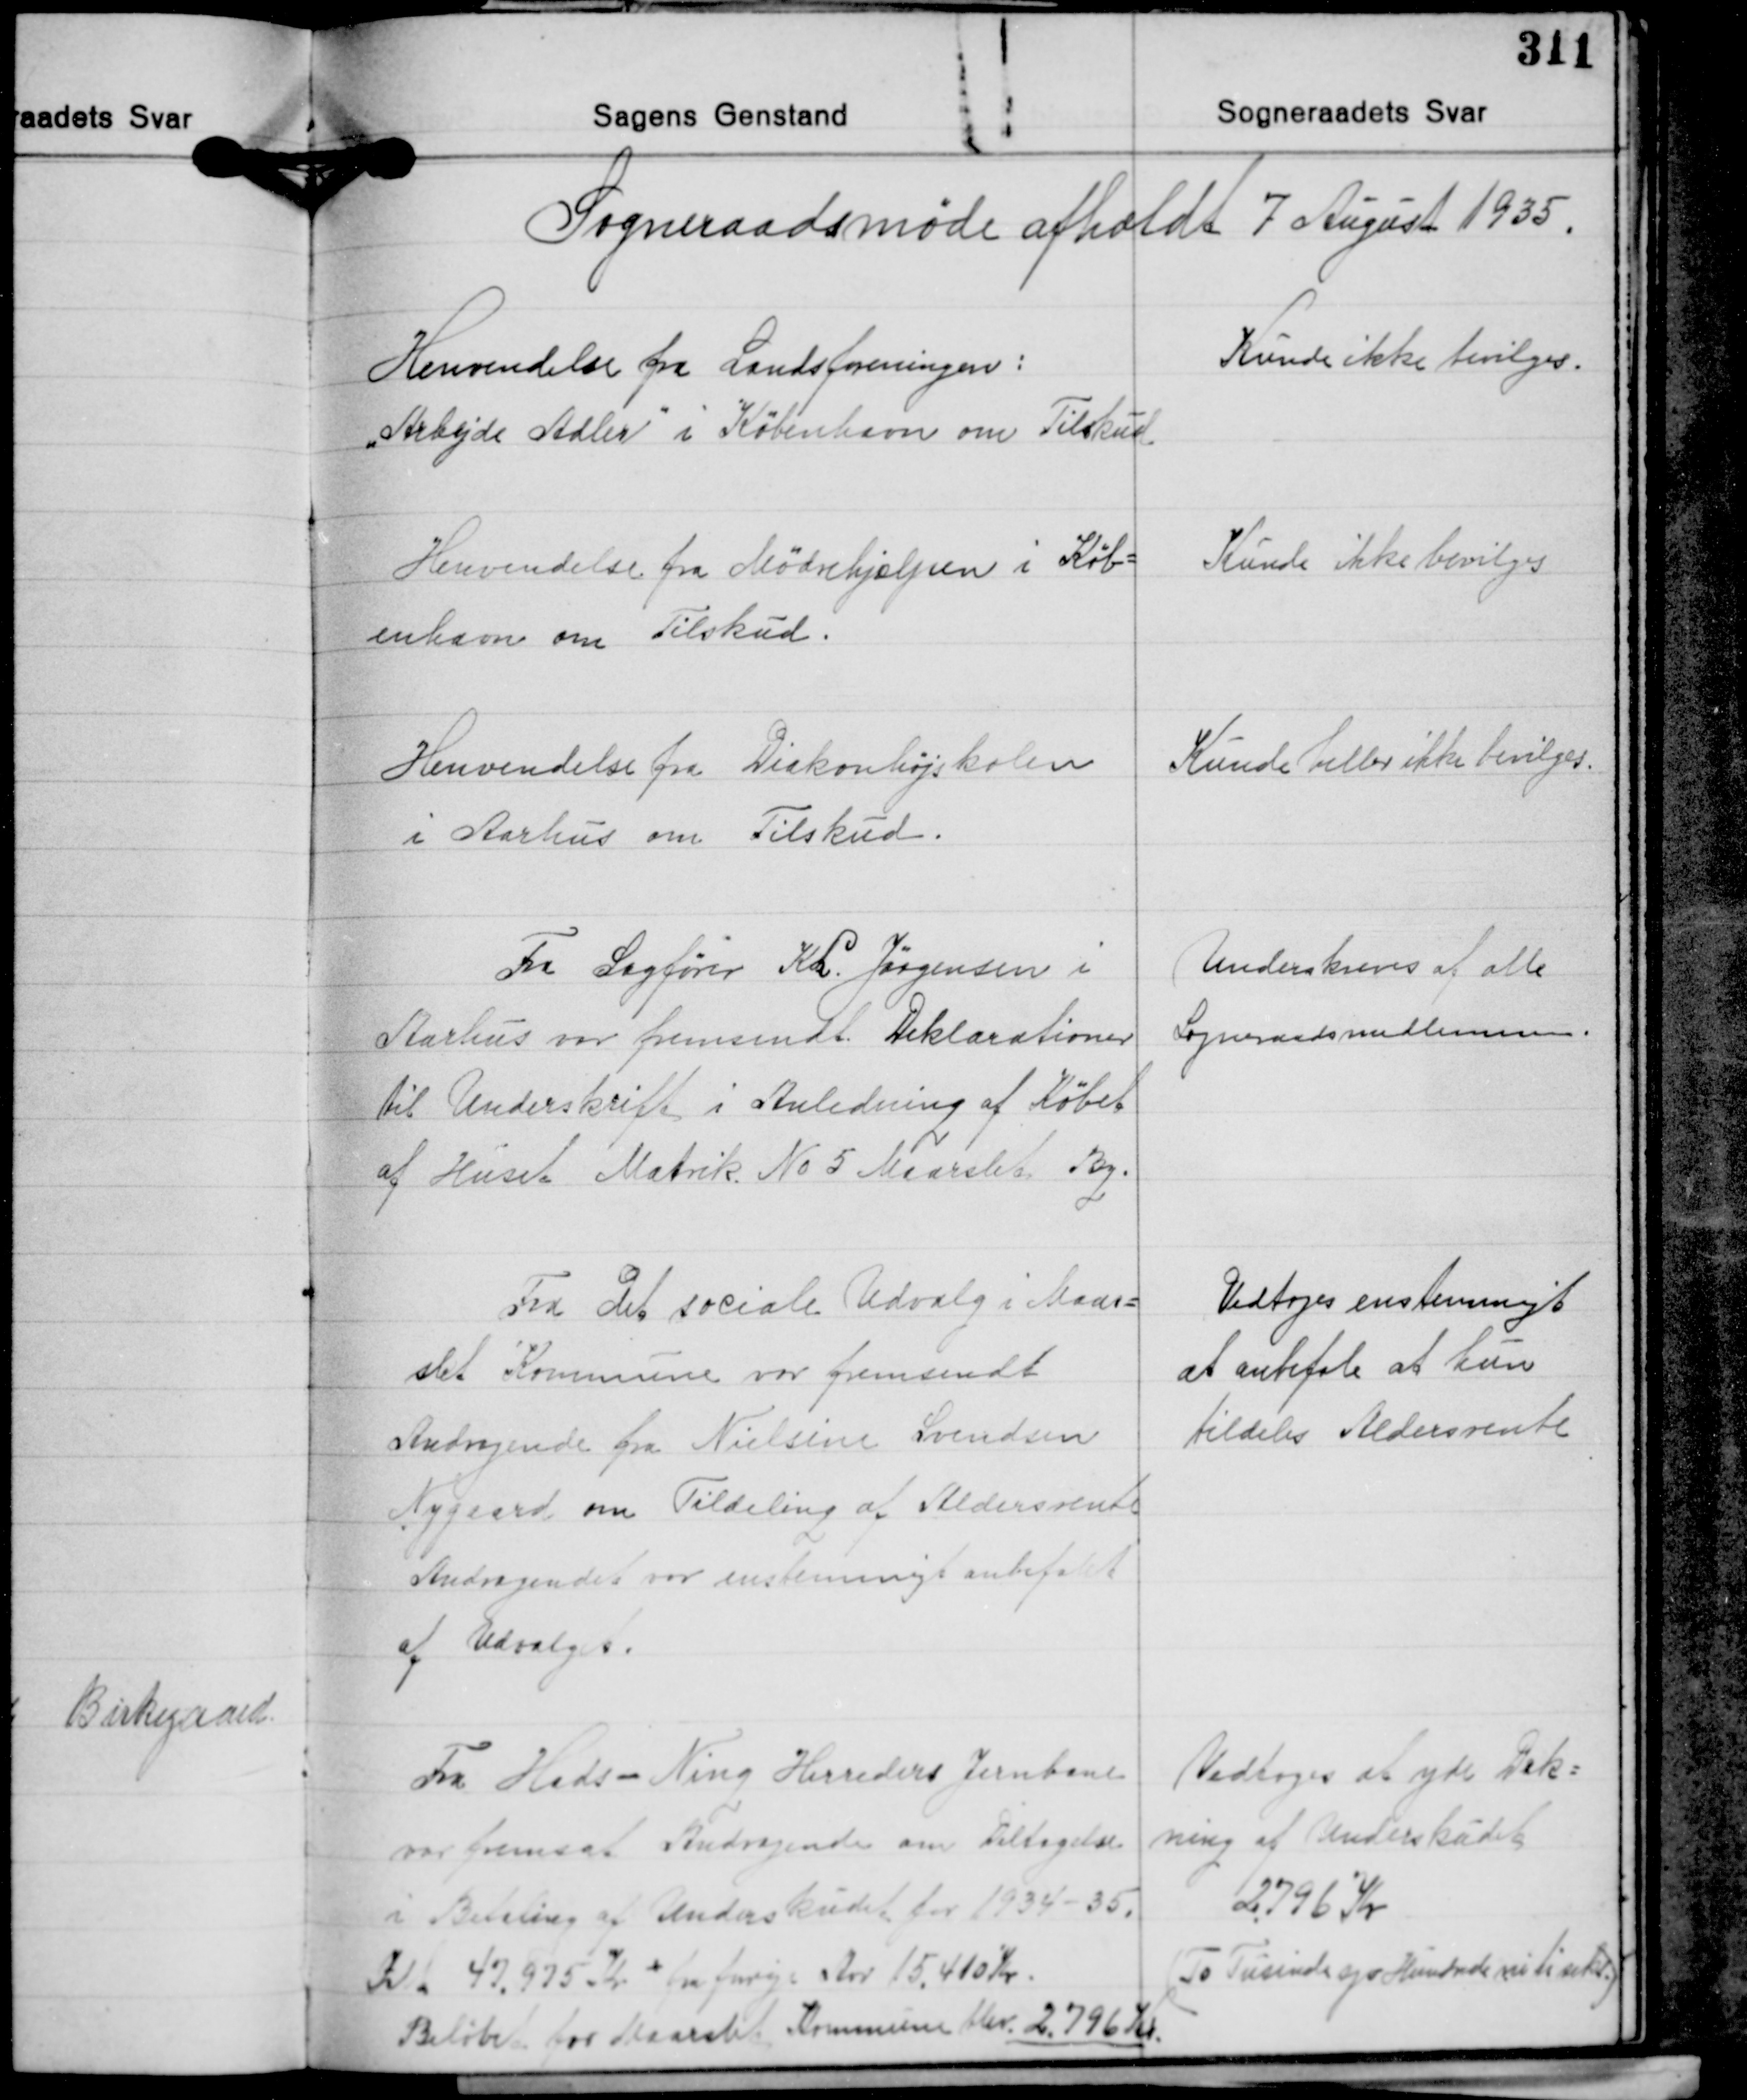
Transskription:
Sogneraadsmøde afholdt 7 August 1935.

Henvendelse fra Landsforeningen:
"Arbejde Adler" i København om Tilskud

Kunde ikke bevilges.

Henvendelse fra Mødehjælpen i Køb-
enhavn om Tilskud.

Kunde ikke bevilges

Henvendelse fra Diakonhøjskolen
i Aarhus om Tilskud.

Kunde heller ikke bevilges.

Fra Sagfører K. L. Jørgensen i
Aarhus var fremsendt. Deklarationer
til Underskrift i Anledning af Købet
af Huset Matrik No 5 Maarslet. By.

Underskreves af alle
Sogneraadsmedlemmer

Fra det sociale Udvalg i Maar-
slet Kommune var fremsendt
Andragende fra Nielsine Svendsen
Nygaard om Tildeling af Aldersrente
Andragendet var enstemmigt anbefalet
af Udvalget.

Vedtoges enstemmigt
at anbefale at hun
tildeles Aldersrente

Fra Hads - Ning Herreders Jernbane
var fremsat Andragende om Deltagelse
i Betaling af Underskudet for 1934-35.
Ialt 47.975 Kr. + frar forrige Aar 15.410 Kr.
Beløbet for Maarslet Kommune blev 2.796 Kr.

Vedtoges at yde Dæk-
ning af Underskudet
2.796 Kr.
(To Tusinde syv Hundrede ni ti seks)